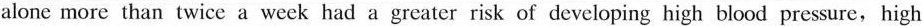
alone more than twice a week had a greater risk of developing high blood pressure,high